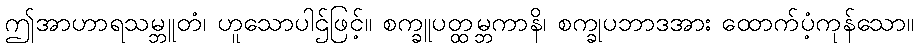
ဤအာဟာရသမ္ဘူတံ၊ ဟူသောပါဌ်ဖြင့်။ စက္ခူပတ္ထမ္ဘကာနိ၊ စက္ခုပဘာဒအား ထောက်ပံ့ကုန်သော။